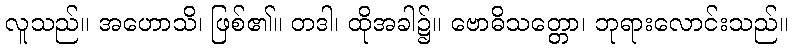
လူသည်။ အဟောသိ၊ ဖြစ်၏။ တဒါ၊ ထိုအခါ၌။ ဗောဓိသတ္တော၊ ဘုရားလောင်းသည်။